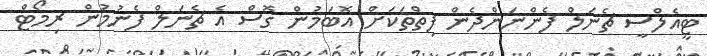
ޓީއެލްސީ ޗެނަލް ފެންނަންދެން ފިތްތަކަށް އޮބަމުން ގޮސް އެ ޗެނަލް ފެނުމުން ރިމޯޓް